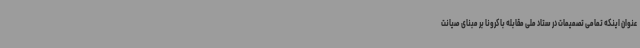
عنوان اینکه تمامی تصمیمات در ستاد ملی مقابله با کرونا بر مبنای صیانت